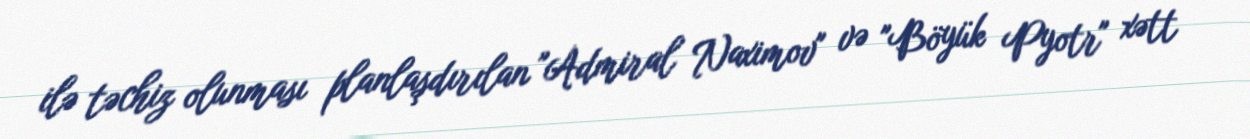
ilə təchiz olunması planlaşdırılan "Admiral Naximov" və "Böyük Pyotr" xətt